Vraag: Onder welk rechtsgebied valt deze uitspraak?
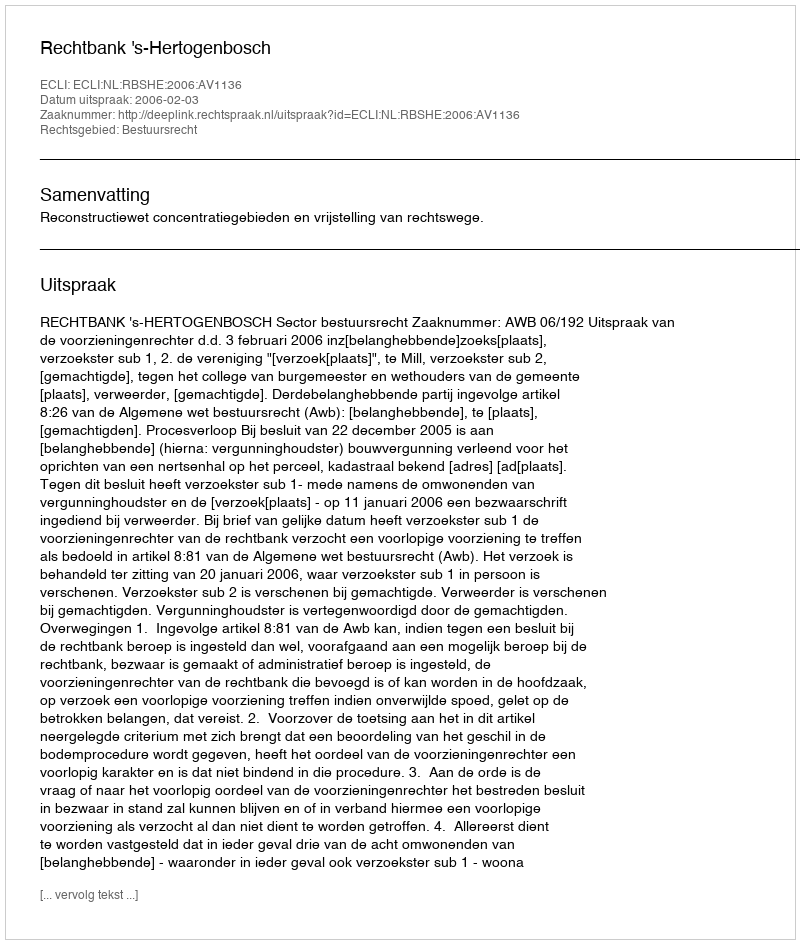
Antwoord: Bestuursrecht